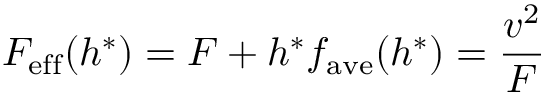
F _ { \mathrm { e f f } } ( h ^ { * } ) = F + h ^ { * } f _ { \mathrm { a v e } } ( h ^ { * } ) = \frac { v ^ { 2 } } { F }